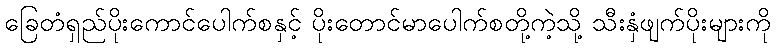
ခြေတံရှည်ပိုးကောင်ပေါက်စနှင့် ပိုးတောင်မာပေါက်စတို့ကဲ့သို့ သီးနှံဖျက်ပိုးများကို